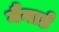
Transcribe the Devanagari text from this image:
मैनार्ड